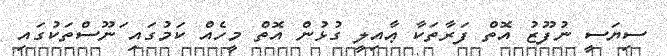
ސިޔަސީ ނުފޫޒު އޮތް ފަރާތަކާ ޢާއިލީ ގުޅުން އޮތް މީހެއް ކަމުގައި ަނޫސްތަކުގައި